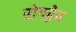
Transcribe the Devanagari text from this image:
रोगद्वेष